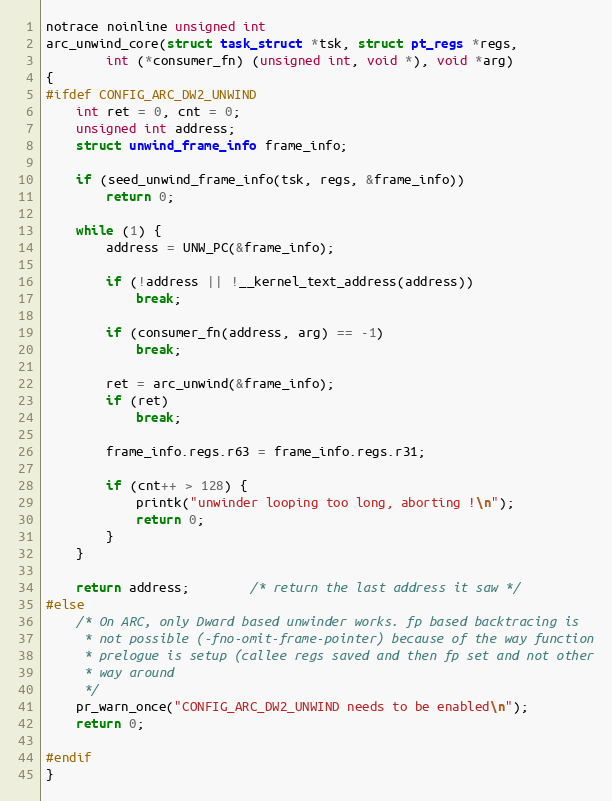
Language: C
notrace noinline unsigned int
arc_unwind_core(struct task_struct *tsk, struct pt_regs *regs,
		int (*consumer_fn) (unsigned int, void *), void *arg)
{
#ifdef CONFIG_ARC_DW2_UNWIND
	int ret = 0, cnt = 0;
	unsigned int address;
	struct unwind_frame_info frame_info;

	if (seed_unwind_frame_info(tsk, regs, &frame_info))
		return 0;

	while (1) {
		address = UNW_PC(&frame_info);

		if (!address || !__kernel_text_address(address))
			break;

		if (consumer_fn(address, arg) == -1)
			break;

		ret = arc_unwind(&frame_info);
		if (ret)
			break;

		frame_info.regs.r63 = frame_info.regs.r31;

		if (cnt++ > 128) {
			printk("unwinder looping too long, aborting !\n");
			return 0;
		}
	}

	return address;		/* return the last address it saw */
#else
	/* On ARC, only Dward based unwinder works. fp based backtracing is
	 * not possible (-fno-omit-frame-pointer) because of the way function
	 * prelogue is setup (callee regs saved and then fp set and not other
	 * way around
	 */
	pr_warn_once("CONFIG_ARC_DW2_UNWIND needs to be enabled\n");
	return 0;

#endif
}